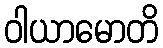
ဝါယာမောတိ